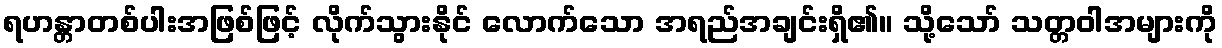
ရဟန္တာတစ်ပါးအဖြစ်ဖြင့် လိုက်သွားနိုင် လောက်သော အရည်အချင်းရှိ၏။ သို့သော် သတ္တဝါအများကို